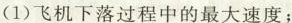
(1)飞机下落过程中的最大速度